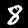
Label: 8